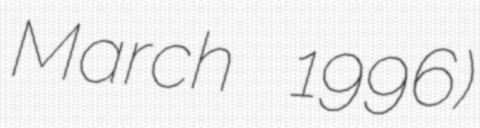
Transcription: March 1996)